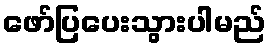
ဖော်ပြပေးသွားပါမည်